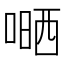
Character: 嗮